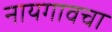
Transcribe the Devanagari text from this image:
नायगावचा